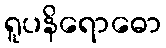
ရူပနိရောဓော